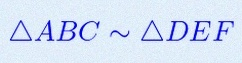
\triangle ABC\sim\triangle DEF